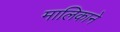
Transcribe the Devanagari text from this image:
मालिकाने